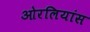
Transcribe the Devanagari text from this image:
ओरलियांस